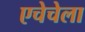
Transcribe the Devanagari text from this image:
एचेचेला